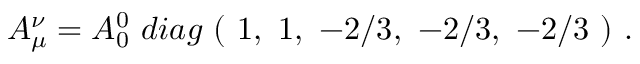
A _ { \mu } ^ { \nu } = A _ { 0 } ^ { 0 } \ d i a g \ ( \ 1 , \ 1 , \ - 2 / 3 , \ - 2 / 3 , \ - 2 / 3 \ ) \ .